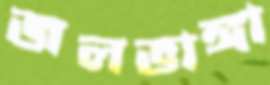
জলভাঙ্গা